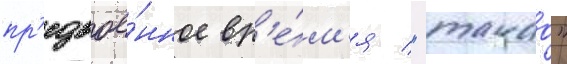
пр'едвое́нное вр'е́м'я / "такао"